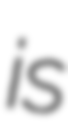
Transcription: is